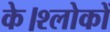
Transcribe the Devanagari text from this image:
के।श्लोकों